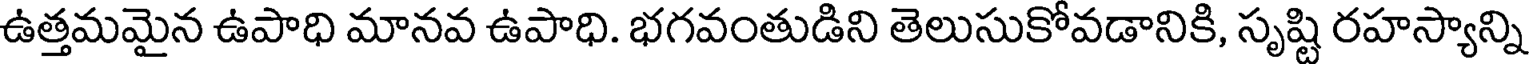
ఉత్తమమైన ఉపాధి మానవ ఉపాధి. భగవంతుడిని తెలుసుకోవడానికి, సృష్టి రహస్యాన్ని